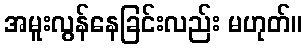
အမူးလွန်နေခြင်းလည်း မဟုတ်။